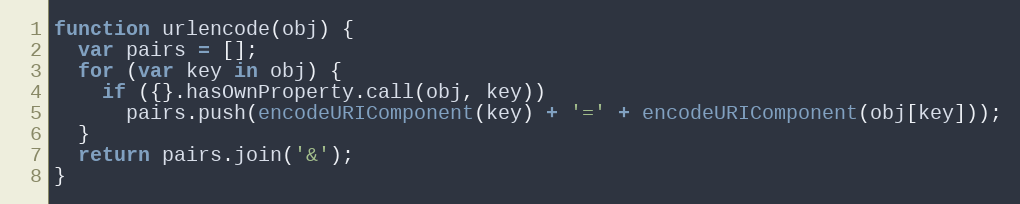
Language: JavaScript
function urlencode(obj) {
  var pairs = [];
  for (var key in obj) {
    if ({}.hasOwnProperty.call(obj, key))
      pairs.push(encodeURIComponent(key) + '=' + encodeURIComponent(obj[key]));
  }
  return pairs.join('&');
}